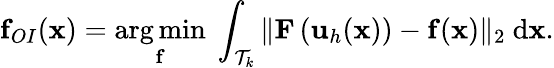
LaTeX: \mathbf{f}_{OI}(\mathbf{x})=\underset{\mathbf{f}}{\arg\operatorname*{min}}\ \int_{\mathcal T_{k}}\| \mathbf{F}\left(\mathbf{u}_{h}(\mathbf{x})\right)-\mathbf{f}(\mathbf{x})\| _{2}\ \mathrm{d}\mathbf{x}.